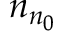
n _ { n _ { 0 } }